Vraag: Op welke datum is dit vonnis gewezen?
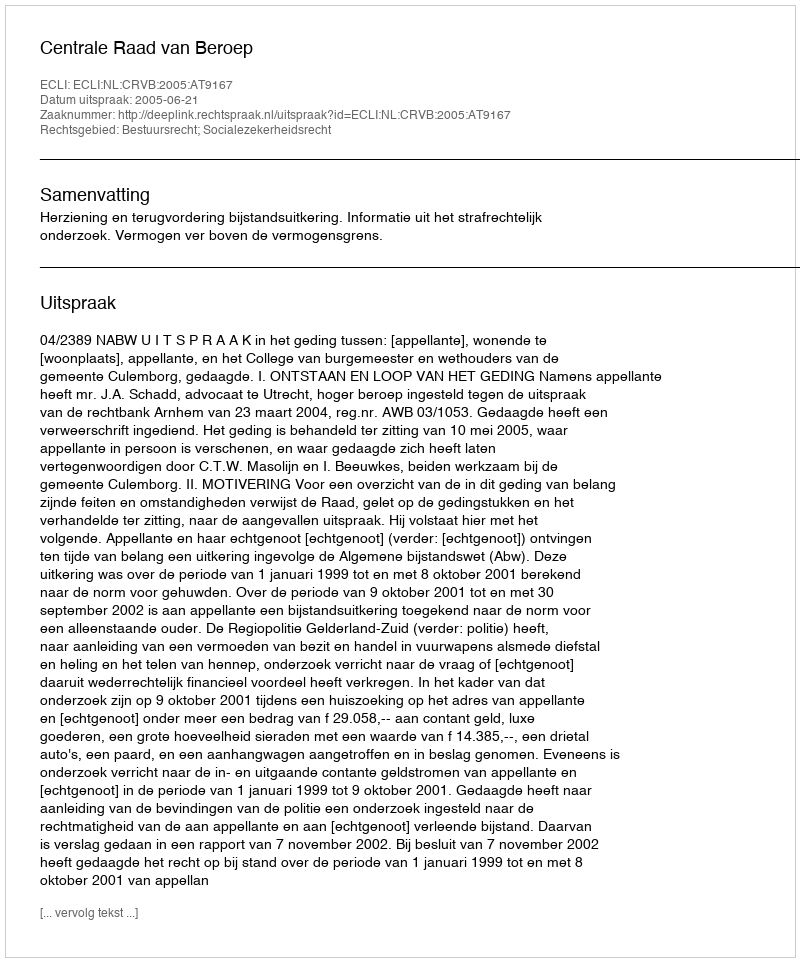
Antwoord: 2005-06-21